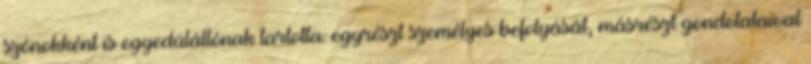
szónokként is egyedülállónak tartotta: egyrészt személyes befolyását, másrészt gondolataival